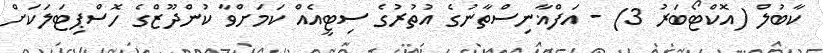
ކާބުލް (އޮކްޓޯބަރު 3) - އަފްޣާނިސްތާނުގެ އުތުރުގެ ސިޓީއެއް ކަމަށްވާ ކުންދޫޒްގެ ހޮސްޕިޓަލަކަށް